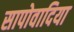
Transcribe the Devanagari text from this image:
सापोवादिया